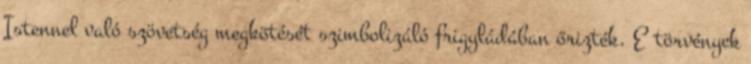
Istennel való szövetség megkötését szimbolizáló frigyládában őrizték. E törvények